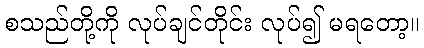
စသည်တို့ကို လုပ်ချင်တိုင်း လုပ်၍ မရတော့။